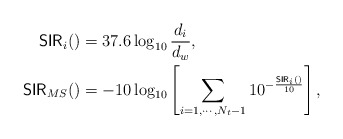
\begin{align*}\mathsf{SIR}_i() & = 37.6\log_{10}\frac{d_i}{d_{w}}, \\\mathsf{SIR}_{MS}() & = -10\log_{10}\left[\sum_{i=1,\cdots, N_t -1} 10^{-\frac{\mathsf{SIR}_i()}{10}}\right],\end{align*}